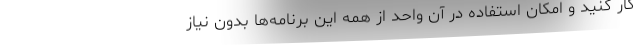
کار کنید و امکان استفاده در آن واحد از همه این برنامه‌ها بدون نیاز